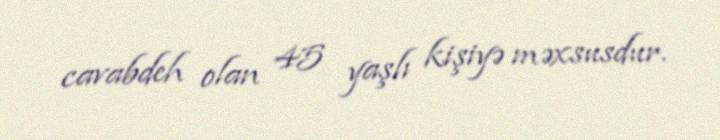
cavabdeh olan 45 yaşlı kişiyə məxsusdur.